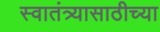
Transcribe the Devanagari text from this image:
स्वातंत्र्यासाठीच्या